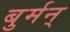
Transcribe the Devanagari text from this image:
बुर्मन्